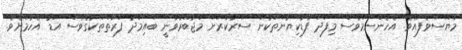
މާޔޫސްވެފައެވެ. އެހެންނަމަވެސް މިފަދަ ފާޑުކިޔުންތަކުން ސަރުކާރަށް މަޖުބޫރުވާނީ ބައިމަދު ފަރާތްތަކުގެވެސް އަޑު އެހުމަށެވެ.